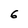
Character: 6